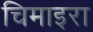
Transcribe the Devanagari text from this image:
चिमाइरा